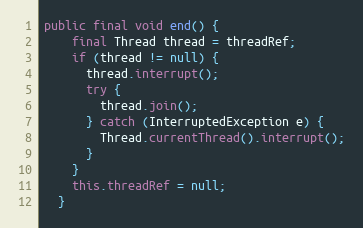
Language: Java
public final void end() {
    final Thread thread = threadRef;
    if (thread != null) {
      thread.interrupt();
      try {
        thread.join();
      } catch (InterruptedException e) {
        Thread.currentThread().interrupt();
      }
    }
    this.threadRef = null;
  }